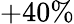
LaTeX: +40\%